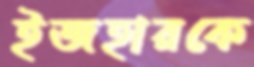
ইজহারকে